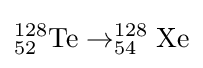
\mathrm {^{128}_{52}Te\rightarrow _{54}^{128}Xe}